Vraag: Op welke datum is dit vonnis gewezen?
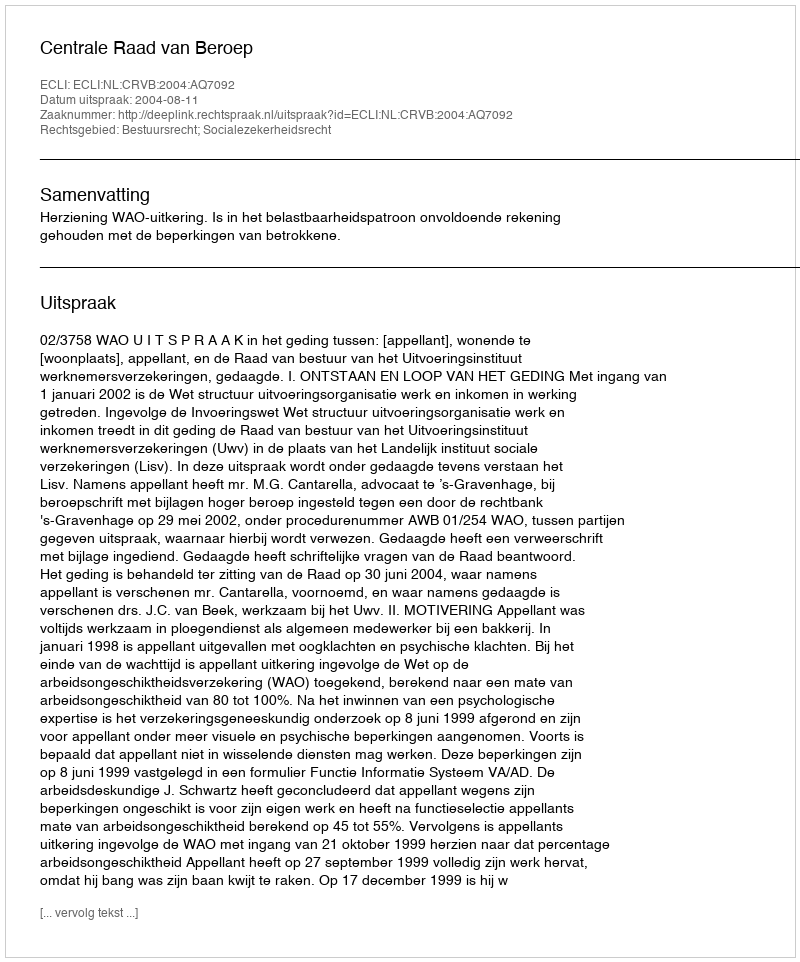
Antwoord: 2004-08-11